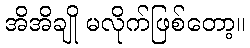
အိအိချို မလိုက်ဖြစ်တော့။